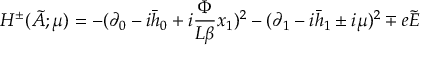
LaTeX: H ^ { \pm } ( \tilde { A } ; \mu ) = - ( \partial _ { 0 } - i \bar { h } _ { 0 } + i \frac { \Phi } { L \beta } x _ { 1 } ) ^ { 2 } - ( \partial _ { 1 } - i \bar { h } _ { 1 } \pm i \mu ) ^ { 2 } \mp e \tilde { E }